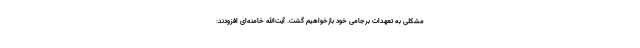
مشکلی به تعهدات برجامی خود بازخواهیم گشت. آیت‌الله خامنه‌ای افزودند: